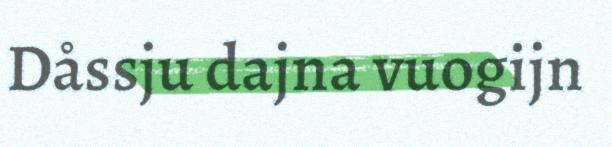
Dåssju dajna vuogijn